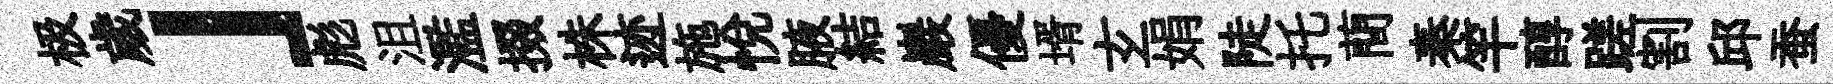
极歲」彪沮濫掇株迹施悦腋結巖優壻𤣥娟陡托蕳秦竿醇蹉割邱蚕